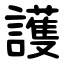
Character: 護